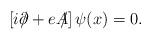
LaTeX: \begin{align*}\left[i\partial \!\!\!/ + eA\!\!\!/\right]\psi(x)=0.\end{align*}